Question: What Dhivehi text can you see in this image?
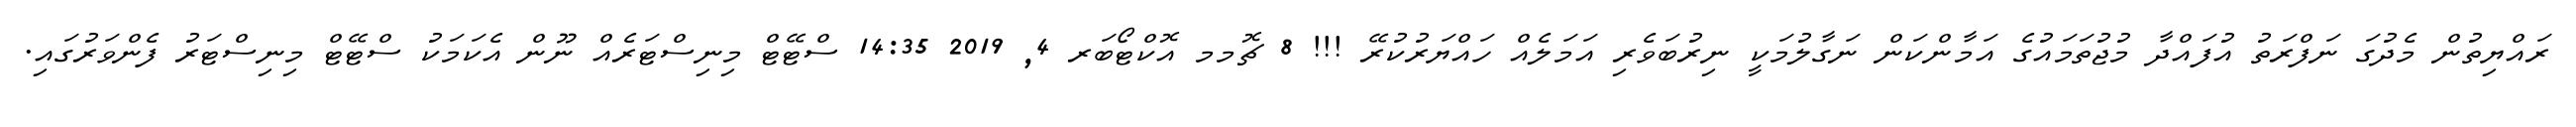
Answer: ރައްޔިތުން މެދުގަ ނަފްރަތު އުފައްދާ މުޖުތަމައުގެ އަމާންކަން ނަގާލުމަކީ ނިރުބަވެރި އަމަލެއް ހައްޔަރުކުރޭ !!! 8 ޗޮމމ އޮކްޓޯބަރ 4, 2019 14:35 ސްޓޭޓް މިނިސްޓަރެއް ނޫން އެކަމަކު ސްޓޭޓް މިނިސްޓަރު ފެންވަރުގައި.